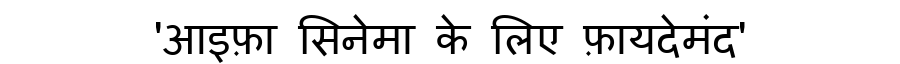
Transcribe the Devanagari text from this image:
'आइफ़ा सिनेमा के लिए फ़ायदेमंद'